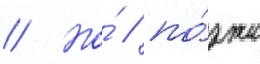
// Но́ / по́зже